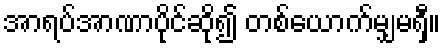
အာရပ်အာဏာပိုင်ဆို၍ တစ်ယောက်မျှမရှီ။